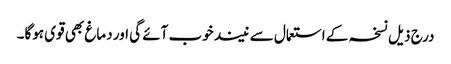
درج ذیل نسخہ کے استعمال سے نیند خوب آئے گی اور دماغ بھی قوی ہوگا۔